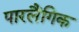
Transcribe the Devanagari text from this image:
पारलैंगिक